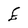
Character: E